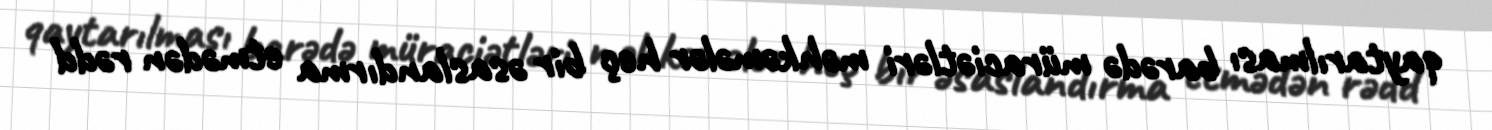
qaytarılması barədə müraciətləri məhkəmələr heç bir əsaslandırma etmədən rədd